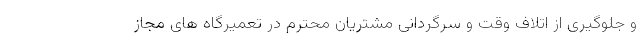
و جلوگیری از اتلاف وقت و سرگردانی مشتریان محترم در تعمیرگاه های مجاز